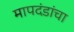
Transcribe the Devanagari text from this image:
मापदंडांचा